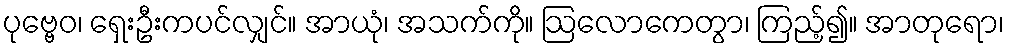
ပုဗ္ဗေဝ၊ ရှေးဦးကပင်လျှင်။ အာယုံ၊ အသက်ကို။ ဩလောကေတွာ၊ ကြည့်၍။ အာတုရော၊